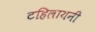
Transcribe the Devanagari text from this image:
टहिलायनी